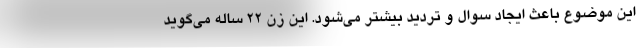
این موضوع باعث ایجاد سوال و تردید بیشتر می‌شود. این زن 22 ساله می‌گوید